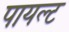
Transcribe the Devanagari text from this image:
पायल्ट